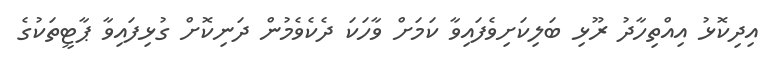
އިދިކޮޅު އިއްތިހާދު ރޫޅި ބަލިކަށިވެފައިވާާ ކަމަށް ވާހަކަ ދެކެވެމުން ދަނިކޮށް ގުޅިފައިވާ ޕާޓީތަކުގެ